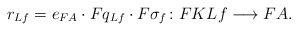
\begin{align*} r_{Lf}=e_{FA}\cdot Fq_{{L}f}\cdot F\sigma_f\colon FK{L}f\longrightarrow FA.\end{align*}